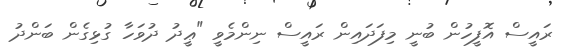
ރައީސް އޮފީހުން ބުނީ މިފަދައިން ރައީސް ނިންމެވީ "ޢީދު ދުވަހާ ގުޅިގެން ބަންދު